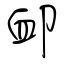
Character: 卹